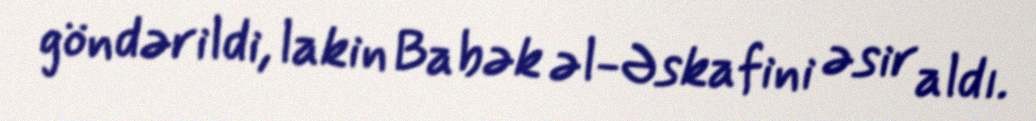
göndərildi, lakin Babək əl-Əskafini əsir aldı.